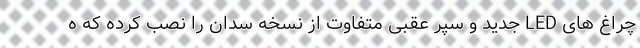
چراغ های LED جدید و سپر عقبی متفاوت از نسخه سدان را نصب کرده که ه